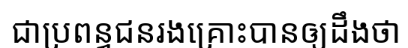
ជាប្រពន្ធជនរងគ្រោះបានឲ្យដឹងថា